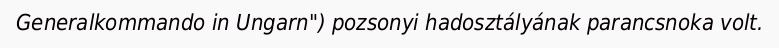
Generalkommando in Ungarn") pozsonyi hadosztályának parancsnoka volt.